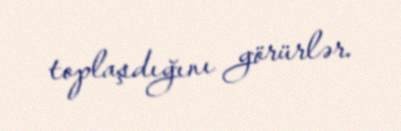
toplaşdığını görürlər.